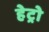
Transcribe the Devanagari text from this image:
हेट्रो